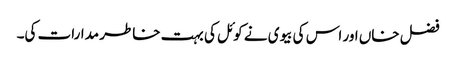
فضل خاں اور اس کی بیوی نے کوئل کی بہت خاطر مدارات کی۔